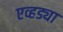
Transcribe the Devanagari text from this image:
एव्हड्या